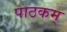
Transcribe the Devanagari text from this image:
पाठकम्